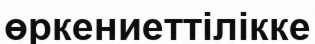
өркениеттілікке